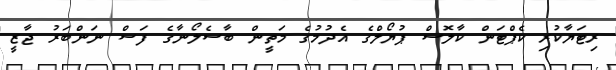
ރިޓަޔާކުރި ކެޕްޓަން ކާލޮސް ޕުޔޯލްގެ އެދުމުގެ މަތީން ބާސެލޯނާގެ ފަސް ނަންބަރު ޖާޒީ